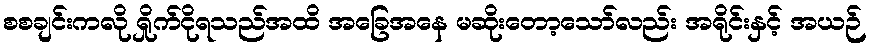
စစချင်းကလို ရှိုက်ငိုရသည်အထိ အခြေအနေ မဆိုးတော့သော်လည်း အရိုင်းနှင့် အယဉ်